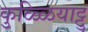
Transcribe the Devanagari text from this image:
कुळ्ळियाट्टु